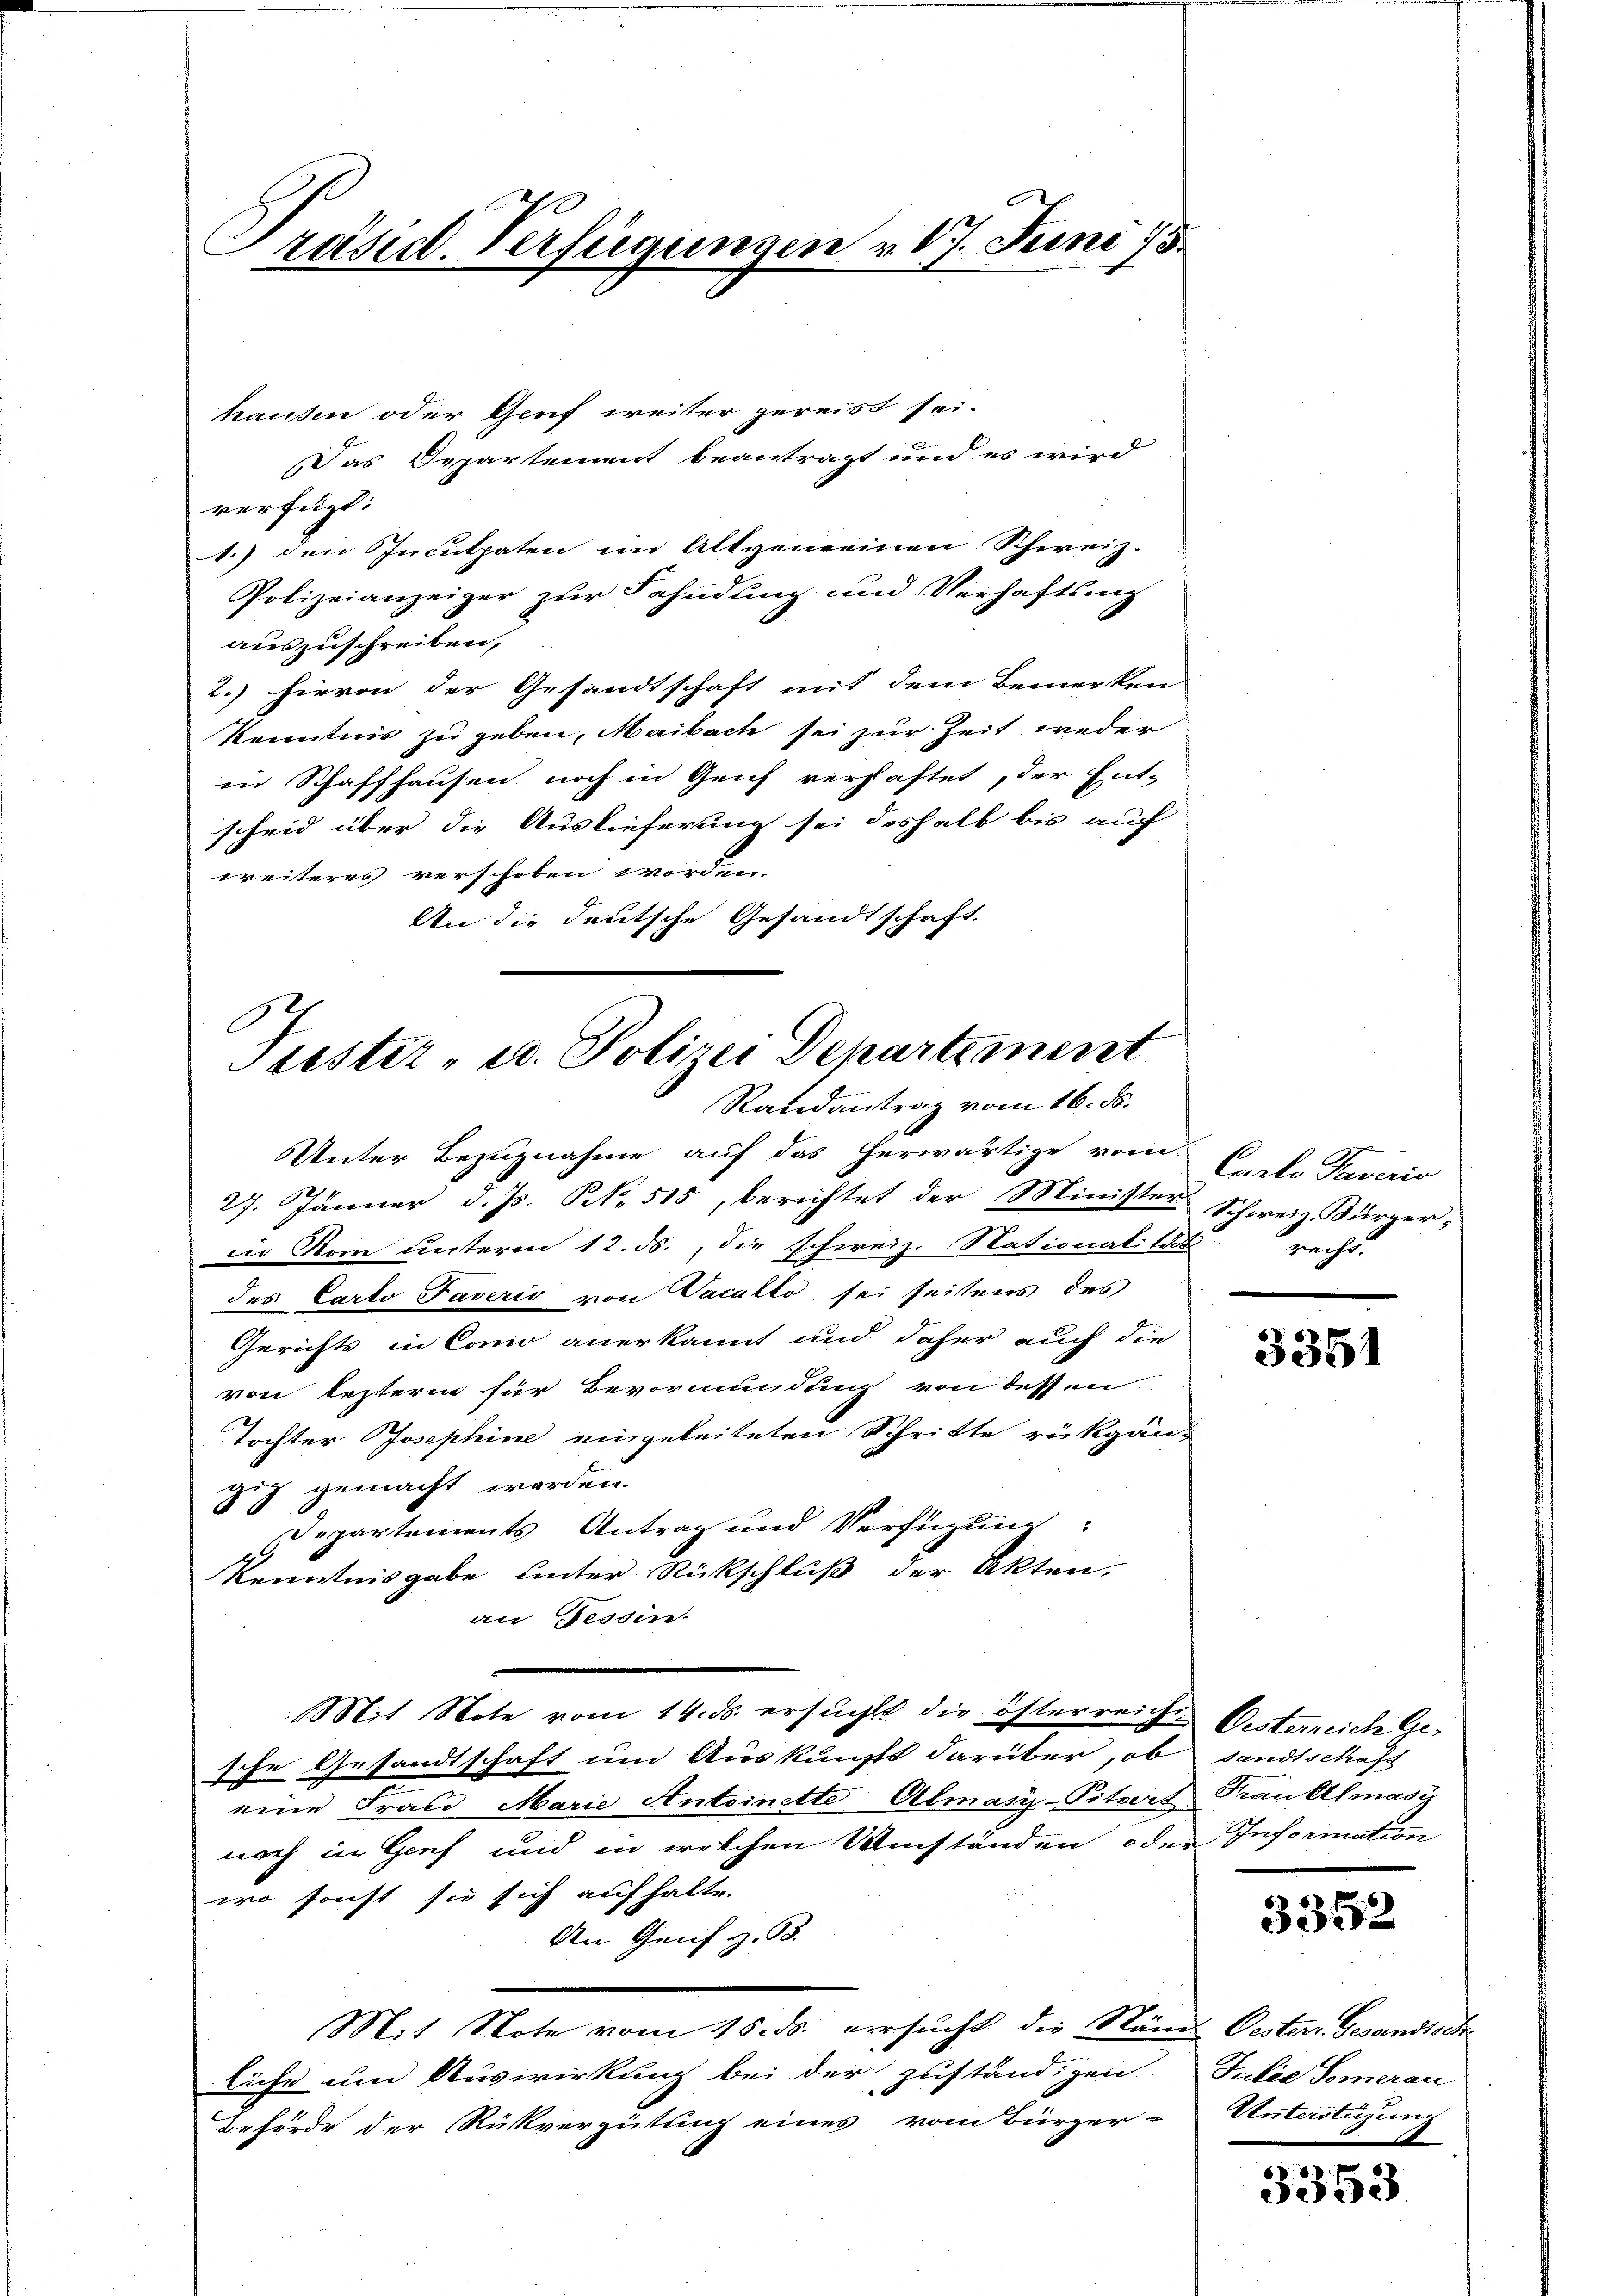
räsid. Verfügungen v. 17. Juni 75.

hausen oder Genf weiter gereist sei.
Das Departement beantragt und es wird
verfügt:
1.) den Inculpaten im Altgemeinen Schweiz.
Polizeianzeiger zur Fahndung und Verhaftsnng
auszuschreiben,
2.) hievon der Gesandtschaft mit dem Bemerken
Kenntnis zu geben, Maibach sei zur Zeit weder
in Schaffhausen noch in Geich verhaftet, der Ent-
scheid über die Auslieferung sei deshalb bis auch
weiteres verschoben worden.
An die deutsche Gesandtschaft.

C
Trestir- u. Polizei Departement
Randantrag vom 16. ds.

Unter Bezugnahme auf das herwärtige vom Carlo Taverio
27. Jänner d. Js. N. 515, berichtet der Minister Schweiz. Kürzerie Rom unterm 12. ds., die schweiz. Nationalität
des Carto Paverio von Vacallo sei seitens des
Gerichts in Como anerkannt und daher auch die
von lezterm für Bevormundung von dessen
Tochter Josephine eingeleiteten Schritte rückgan-
gig gemacht worden.
Departements Antrag und Verfügung:
Kenntnisgabe unter Rückschluß der Akten.
an Tessin.
Mit Note vom 14. ds. ersucht die österreiche Besterreich Gesche Gesandtschaft um Auskunft darüber, ob sandtschafs
eine Frau Marie Antoinette Almasi-Pitzers Frau Elmasis
noch in Genf und in welchen Umständen oder Information
wo sonst sie sich auf halte.
den Greif z. B.
Mit Note vom 15. ds. versucht die Stände Oester Gesandtsch
liche um Auswirkung bei der zuständigen Julie Somerau
Behörde der Rückvergütung eines vom Bürger-Untertigung

d
recht

3351

3352

d

3353.